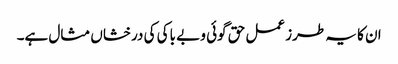
ان کا یہ طرز عمل حق گوئی و بے باکی کی درخشاں مثال ہے۔